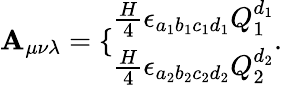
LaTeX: \mathbf{A}_{\mu\nu\lambda}=\{ \begin{array}{l}{{\frac{H}{4}\epsilon_{a_{1}b_{1}c_{1}d_{1}}Q_{1}^{d_{1}}}}\\ {{\frac{H}{4}\epsilon_{a_{2}b_{2}c_{2}d_{2}}Q_{2}^{d_{2}}}}\end{array}.